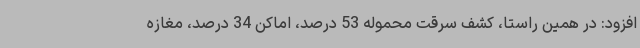
افزود: در همین راستا، کشف سرقت محموله 53 درصد، اماکن 34 درصد، مغازه